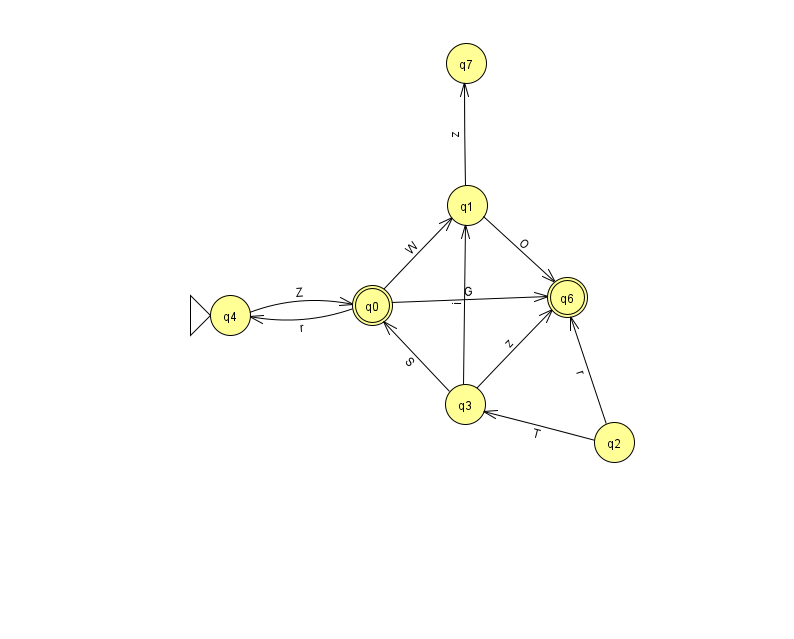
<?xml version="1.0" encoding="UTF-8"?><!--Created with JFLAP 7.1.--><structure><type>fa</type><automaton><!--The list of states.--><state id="0" name="q0"><x>372.0</x><y>292.0</y><final/></state><state id="1" name="q1"><x>467.0</x><y>192.0</y></state><state id="2" name="q2"><x>614.0</x><y>429.0</y></state><state id="3" name="q3"><x>465.0</x><y>391.0</y></state><state id="4" name="q4"><x>230.0</x><y>302.0</y><initial/></state><state id="6" name="q6"><x>567.0</x><y>284.0</y><final/></state><state id="7" name="q7"><x>466.0</x><y>50.0</y></state><!--The list of transitions.--><transition><from>0</from><to>4</to><read>r</read></transition><transition><from>2</from><to>3</to><read>T</read></transition><transition><from>0</from><to>6</to><read>G</read></transition><transition><from>3</from><to>1</to><read>i</read></transition><transition><from>3</from><to>6</to><read>z</read></transition><transition><from>0</from><to>1</to><read>W</read></transition><transition><from>3</from><to>0</to><read>S</read></transition><transition><from>1</from><to>7</to><read>z</read></transition><transition><from>2</from><to>6</to><read>r</read></transition><transition><from>4</from><to>0</to><read>Z</read></transition><transition><from>1</from><to>6</to><read>O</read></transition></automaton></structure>